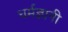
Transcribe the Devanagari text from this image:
धर्मज्ञानी